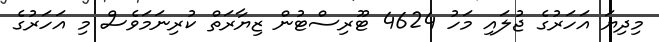
މިދިޔަ އަހަރުގެ ޖުލައި މަހު 4624 ޓޫރިސްޓުން ޒިޔާރަތް ކުރިނަމަވެސް މި އަހަރުގެ